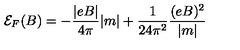
{ \cal { E } } _ { F } ( B ) = - \frac { | e B | } { 4 \pi } | m | + \frac { 1 } { 2 4 { \pi } ^ { 2 } } \frac { ( e B ) ^ { 2 } } { | m | }